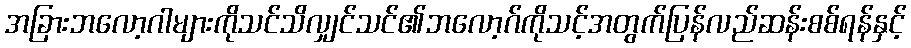
အခြားဘလော့ဂါများကိုသင်သိလျှင်သင်၏ဘလော့ဂ်ကိုသင့်အတွက်ပြန်လည်ဆန်းစစ်ရန်နှင့်